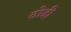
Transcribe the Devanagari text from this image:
ठोढी़